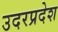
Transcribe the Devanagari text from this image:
उदरप्रदेश